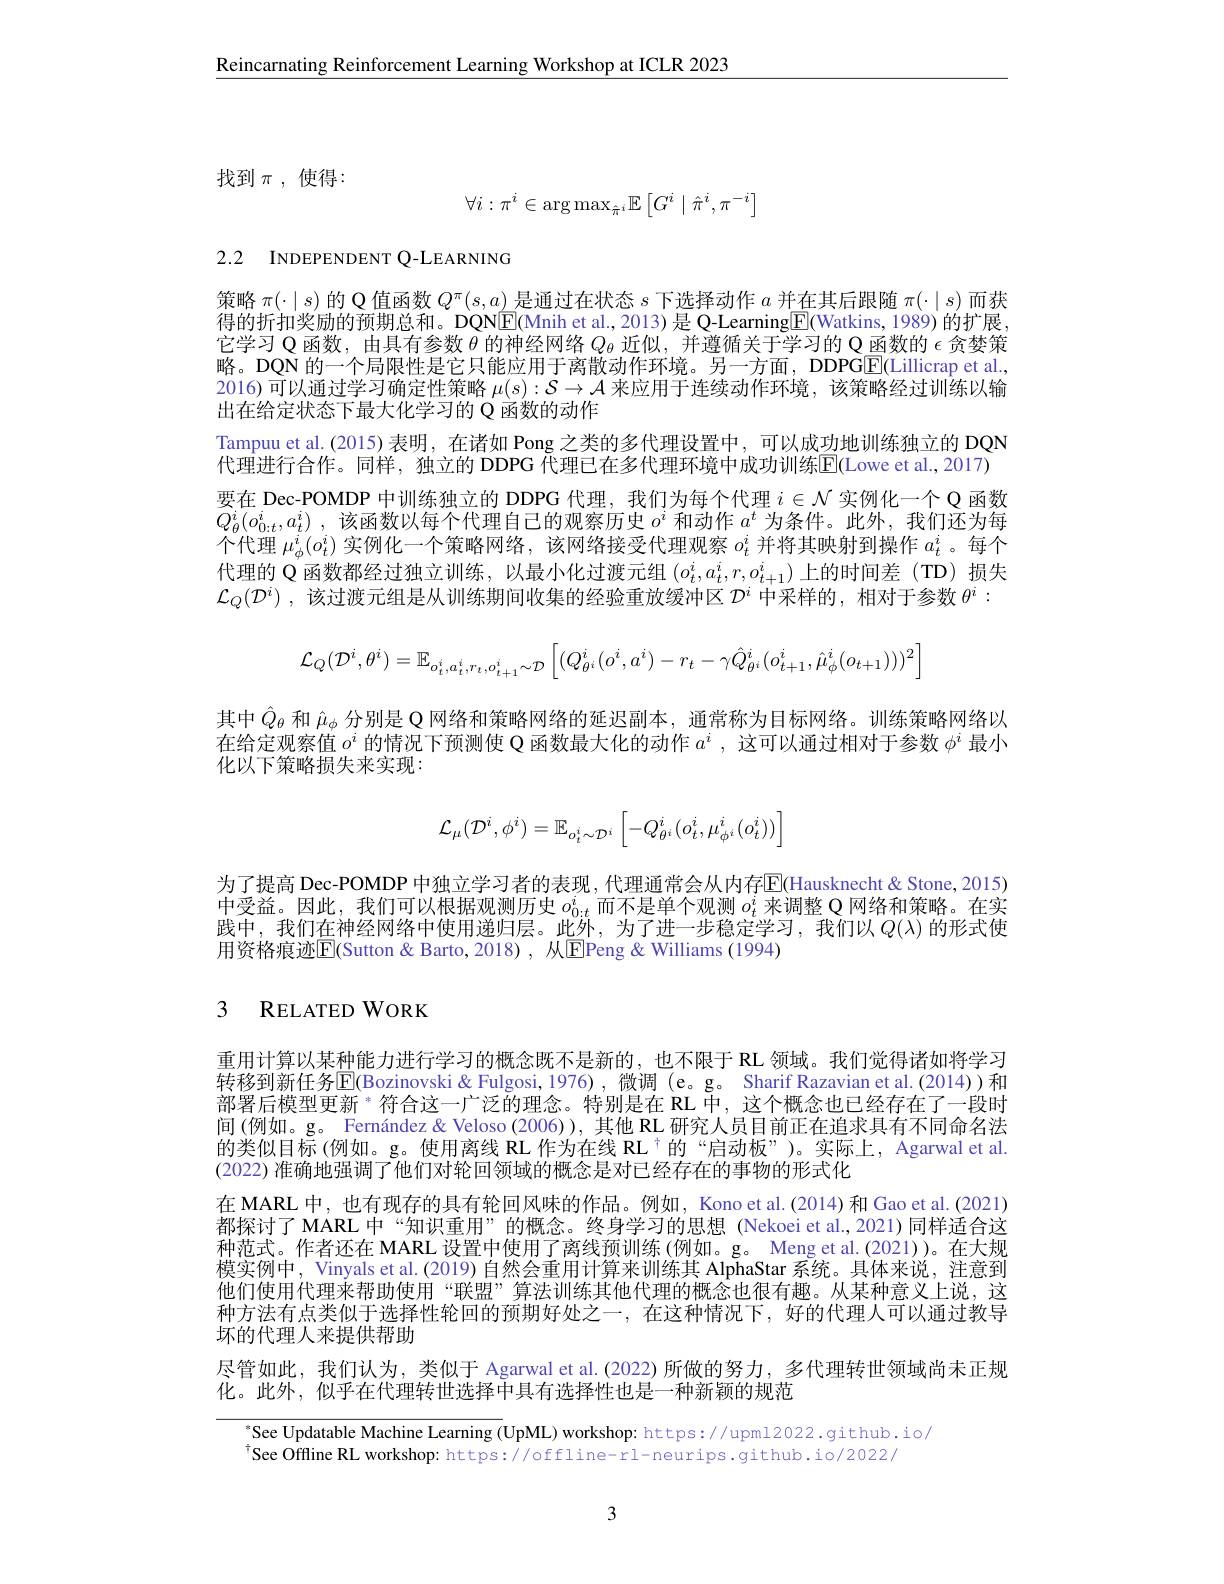
$\underline{\text{Reincarnating Reinforcement Learning Workshop at ICLR 2023}}$

找到$\pi$,使得：
$$\forall i:\pi^i\in\arg\max_{\hat{\pi}^i}\mathbb{E}\left[G^i\mid\hat{\pi}^i,\pi^{-i}\right]$$
2.2 INDEPENDENT Q-LEARNING

策略$\pi(\cdot\mid s)$的 Q 值函数$Q^\pi(s,a)$是通过在状态$s$下选择动作$a$并在其后跟随$\pi(\cdot\mid s)$而获得的折扣奖励的预期总和。DQN$\overline{\mathbb{E}}$(Mnih et al., 2013) 是 Q-Learning$\boxed{\mathbb{F}}$(Watkins, 1989) 的扩展， 它学习 Q 函数，由具有参数$\theta$的神经网络$Q_\theta$近似，并遵循关于学习的 Q 函数的$\epsilon$贪婪策略。DQN 的一个局限性是它只能应用于离散动作环境。另一方面，DDPG$\boxed{\mathrm{E}}($Lillicrap et al. 2016)可以通过学习确定性策略$\mu(s):\mathcal{S}\to\mathcal{A}$来应用于连续动作环境，该策略经过训练以输出在给定状态下最大化学习的 Q 函数的动作
Tampuu et al.(2015) 表明，在诸如 Pong 之类的多代理设置中，可以成功地训练独立的 DQN
代理进行合作。同样，独立的 DDPG 代理已在多代理环境中成功训练E(Lowe et al.,2017)
要在 Dec-POMDP 中训练独立的 DDPG 代理，我们为每个代理$i\in\mathcal{N}$实例化一个 Q 函数$Q_{\theta }^{i}( o_{0: t}^{i}, a_{t}^{i})$ ,该函数以每个代理自己的观察历史$o^i$和动作$a^t$为条件。此外，我们还为每个代理$\mu_\phi^i(o_t^i)$实例化一个策略网络，该网络接受代理观察$o_t^i$并将其映射到操作$a_t^i$ 。每个代理的 Q'函数都经过独立训练，以最小化过渡元组$(o_t^i,a_t^i,r,o_{t+1}^i)$上的时间差 (TD) 损失$\mathcal{L}_Q(\mathcal{D}^i)$ ,该过渡元组是从训练期间收集的经验重放缓冲区$\mathcal{D}^i$中采样的，相对于参数$\theta^i:$
$$\mathcal{L}_{Q}(\mathcal{D}^{i},\theta^{i})=\mathbb{E}_{o_{t}^{i},a_{t}^{i},r_{t},o_{t+1}^{i}\sim\mathcal{D}}\left[(Q_{\theta^{i}}^{i}(o^{i},a^{i})-r_{t}-\gamma\hat{Q}_{\theta^{i}}^{i}(o_{t+1}^{i},\hat{\mu}_{\phi}^{i}(o_{t+1})))^{2}\right]$$
其中$\hat{Q}_\theta$和$\hat{\mu}_\phi$分别是 Q 网络和策略网络的延迟副本，通常称为目标网络。训练策略网络以在给定观察值$o^i$的情况下预测使 Q 函数最大化的动作$a^i$,这可以通过相对于参数$\phi^i$最小化以下策略损失来实现：
$$\mathcal{L}_{\mu}(\mathcal{D}^{i},\phi^{i})=\mathbb{E}_{o_{t}^{i}\sim\mathcal{D}^{i}}\begin{bmatrix}-Q_{\theta^{i}}^{i}(o_{t}^{i},\mu_{\phi^{i}}^{i}(o_{t}^{i}))\end{bmatrix}$$
为了提高 Dec-POMDP 中独立学习者的表现，代理通常会从内存$\overline{\mathrm{E}}($Hausknecht&Stone,2015) 中受益。因此，我们可以根据观测历史$o_{0:t}^i$而不是单个观测$o_t^i$来调整 Q 网络和策略。在实践中，我们在神经网络中使用递归层。此外，为了进一步稳定学习，我们以$Q(\lambda)$ 的形式使用资格痕迹$\overline{\mathrm{E}}$(Sutton& Barto, 2018) , 从$\underline{\mathrm{EPeng~\&~Williams~(1994)}}$

# 3 RELATED WORK

重用计算以某种能力进行学习的概念既不是新的，也不限于 RL 领域。我们觉得诸如将学习转移到新任务$\mathbb{E}$(Bozinovski&Fulgosi,1976),微调(e。g。Sharif Razavian et al.(2014))和部署后模型更新$^{*}$符合这一广泛的理念。特别是在 RL 中，这个概念也已经存在了一段时间(例如。g。Fernández & Veloso (2006)), 其他 RL 研究人员目前正在追求具有不同命名法的类似目标(例如。g。使用离线 RL 作为在线 RL T的“启动板”)。实际上，Agarwal et al. (2022) 准确地强调了他们对轮回领域的概念是对已经存在的事物的形式化
在 MARL 中，也有现存的具有轮回风味的作品。例如，Kono et al.(2014)和 Gao et al.(2021) 都探讨了 MARL 中“知识重用”的概念。终身学习的思想(Nekoei et al.,2021)同样适合这种范式。作者还在 MARL 设置中使用了离线预训练(例如。g。Meng et al.(2021))。在大规模实例中，Vinyals et al. (2019) 自然会重用计算来训练其 AlphaStar 系统。具体来说，注意到他们使用代理来帮助使用“联盟”算法训练其他代理的概念也很有趣。从某种意义上说，这种方法有点类似于选择性轮回的预期好处之一，在这种情况下，好的代理人可以通过教导坏的代理人来提供帮助
尽管如此，我们认为，类似于 Agarwal et al.(2022)所做的努力，多代理转世领域尚未正规

化。此外，似乎在代理转世选择中具有选择性也是一种新颖的规范

See Updatable Machine Learning (UpML) workshop: https://upml2022.github.io/
$^{\dagger}$See Offline RL workshop: https://offline-rl-neurips.github.io/2022/

3